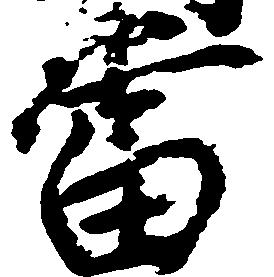
当